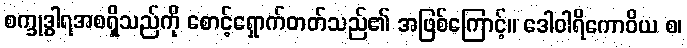
စက္ခုဒွါရအစရှိသည်ကို စောင့်ရှောက်တတ်သည်၏ အဖြစ်ကြောင့်။ ဒေါဝါရိကောဝိယ စ၊